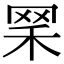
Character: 𦊘